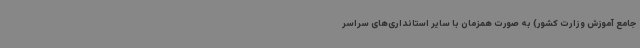
جامع آموزش وزارت کشور) به صورت همزمان با سایر استانداری‌های سراسر